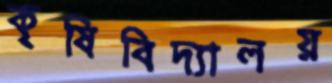
কৃষিবিদ্যালয়